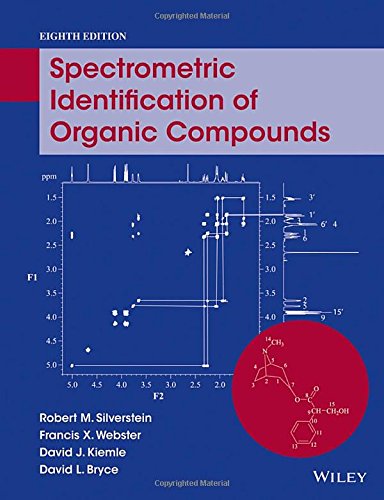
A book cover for Spectrometric Identification of Organic Compounds; Robert M. Silverstein; Science & Math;